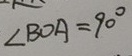
\angle B O A = 9 0 ^ { \circ }